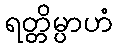
ရတ္တိမ္ပာဟံ